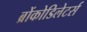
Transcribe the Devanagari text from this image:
ब्रोंकोडिलेटर्स